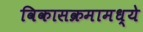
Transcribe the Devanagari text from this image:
विकासक्रमामध्ये